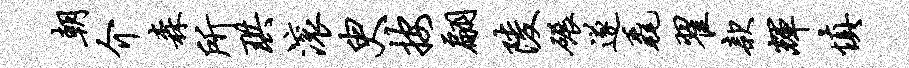
朝介森所珙滚臾按翩陵碾遂毳翟款辉慎